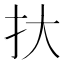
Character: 𢪂